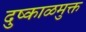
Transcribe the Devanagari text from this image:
दुष्काळमुक्त